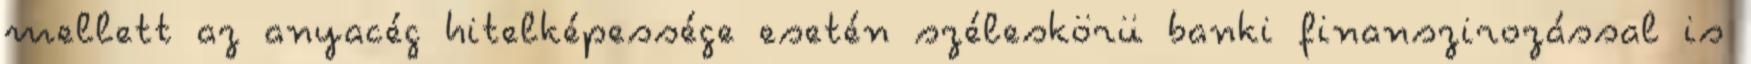
mellett az anyacég hitelképessége esetén széleskörü banki finanszirozással is